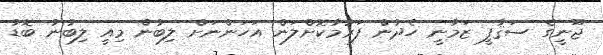
ޖޫނީގެ ސަޤާފީ ޒަމާނީ ހެދުން ފަރުމާކޮށްލަން އަހަންނަށް ލިބުން މިއީ ލިބުނު ބޮޑު